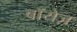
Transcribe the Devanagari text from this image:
बॉयेज़